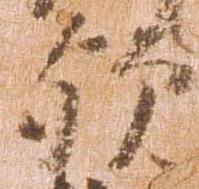
歟